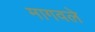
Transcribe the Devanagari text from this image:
मागवले